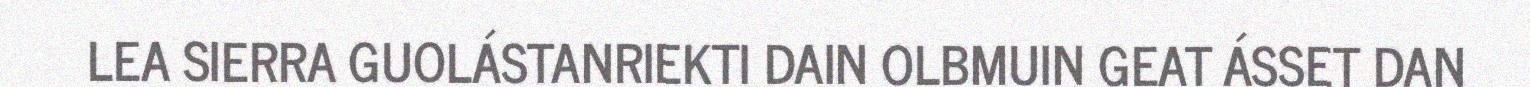
LEA SIERRA GUOLÁSTANRIEKTI DAIN OLBMUIN GEAT ÁSSET DAN